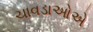
ચાવડાઓએ